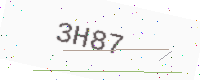
Text: 3H87